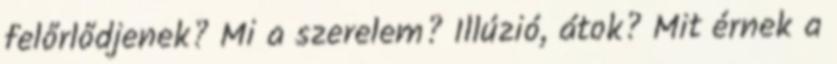
felőrlődjenek? Mi a szerelem? Illúzió, átok? Mit érnek a